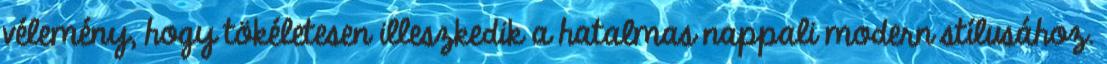
vélemény, hogy tökéletesen illeszkedik a hatalmas nappali modern stílusához.